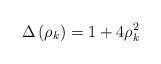
LaTeX: \begin{align*}\Delta\left( \rho_{k}\right) \overset{}{=}1+4\rho_{k}^{2}\end{align*}